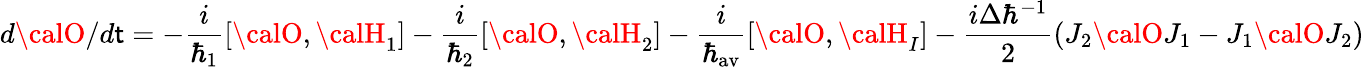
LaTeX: d{\calO}/d\mathsf{t}=-{\frac{{i}}{{\hbar_{1}}}}[{\calO},{\calH}_{1}]-{\frac{{i}}{{\hbar_{2}}}}[{\calO},{\calH}_{2}]-{\frac{{i}}{{\hbar_{\mathrm{{av}}}}}}[{\calO},{\calH}_{I}]-{\frac{{i\Delta\hbar^{-1}}}{{2}}}(J_{2}{\calO}J_{1}-J_{1}{\calO}J_{2})